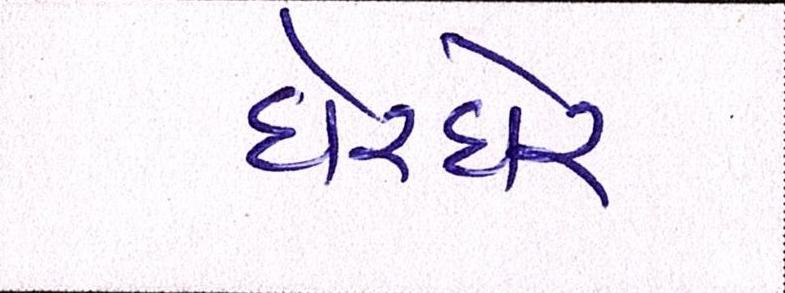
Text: ઘેરઘેર